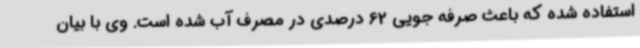
استفاده شده که باعث صرفه جویی 62 درصدی در مصرف آب شده است. وی با بیان